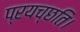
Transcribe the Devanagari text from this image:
प्रयच्छति।